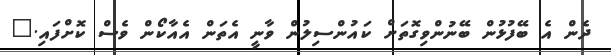
ދެން އެ ބޭފުޅުން ބޭނުންވިގޮތަށް ކައުންސިލުން ވާނީ އެތަން އެއާކޯން ވެސް ކޮށްފައި."